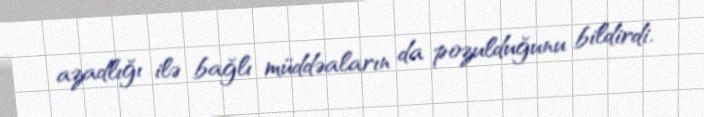
azadlığı ilə bağlı müddəaların da pozulduğunu bildirdi.